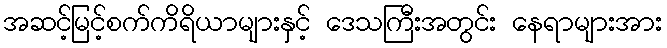
အဆင့်မြင့်စက်ကိရိယာများနှင့် ဒေသကြီးအတွင်း နေရာများအား